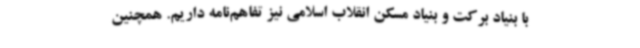
با بنیاد برکت و بنیاد مسکن انقلاب اسلامی نیز تفاهم‌نامه داریم. همچنین